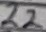
Text: 22